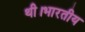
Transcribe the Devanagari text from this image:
थी।भारतीय